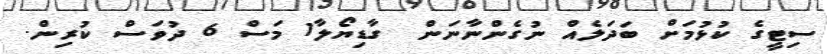
ސިޓީގެ ކުޅުމަށް ބަދަލެއް ނުގެންނާނަން  ގާޑިޔޯލާ1 މަސް 6 ދުވަސް ކުރިން.